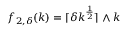
f _ { 2 , \delta } ( k ) = \lceil \delta k ^ { \frac { 1 } { 2 } } \rceil \wedge k